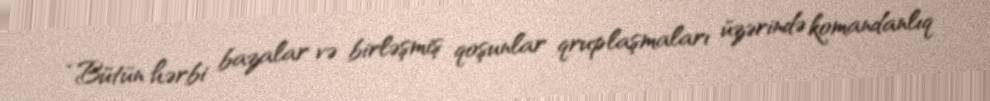
“Bütün hərbi bazalar və birləşmiş qoşunlar qruplaşmaları üzərində komandanlıq